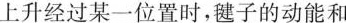
上升经过某一位置时，毽子的动能和